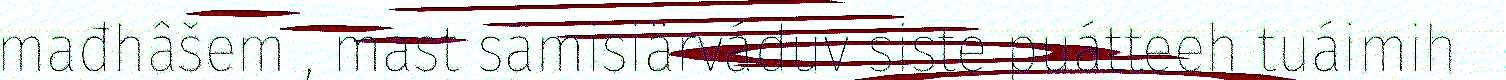
mađhâšem , mast sämisiärváduv siste puátteeh tuáimih